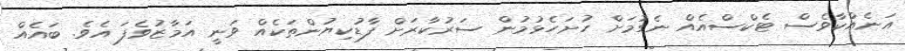
އަނެއްކާވެސް ޓެކްސްއެއް ނެގުމަށް ހުށަހެޅުމުން ސަރުކާރަށް ފާޑުކިޔުންތަކެއް ވަނީ އަމާޒުވެފަ އެވެ. ބައެއް